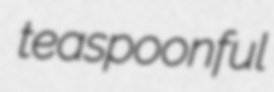
teaspoonful